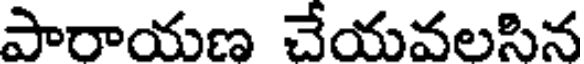
పారాయణ చేయవలసిన